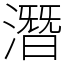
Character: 潛